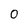
Character: 0